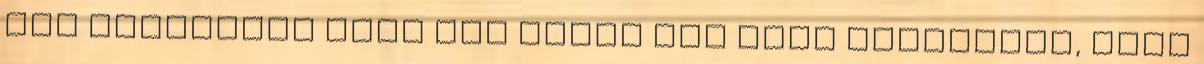
Egy áramkörön levõ két hibát úgy kell tekinteni, mint